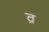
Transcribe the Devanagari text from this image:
व्र